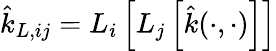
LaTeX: \hat{k}_{L,ij}=L_{i}\left[L_{j}\left[\hat{k}(\cdot,\cdot)\right]\right]